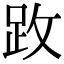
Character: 𫏂